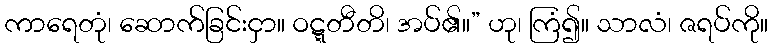
ကာရေတုံ၊ ဆောက်ခြင်းငှာ။ ဝဋ္ဋတီတိ၊ အပ်၏။” ဟု၊ ကြံ၍။ သာလံ၊ ဇရပ်ကို။